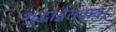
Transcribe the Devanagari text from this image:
शुद्धाद्वैतवाद।